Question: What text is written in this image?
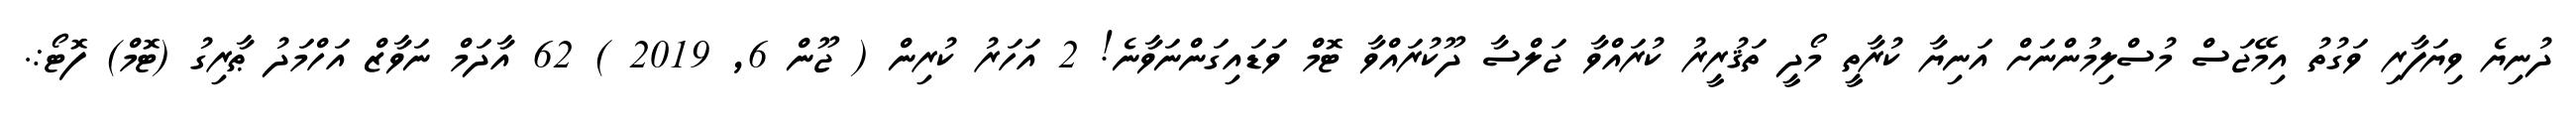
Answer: ދުނިޔެ ވިޔަފާރި ވަގުތު އިމޭޖަސް މުސްލިމުންނަށް އަނިޔާ ކުރާތީ މޯދީ ތަޤުރީރު ކުރައްވާ ޖަލްސާ ދޫކުރައްވާ ޓޮމް ވަޑައިގަންނަވާނެ! 2 އަހަރު ކުރިން ( ޖޫން 6, 2019 ) 62 އާދަމް ނަވާޒް އަހްމަދު ޠާރިގު (ޓޮމް) ފޮޓޯ:.